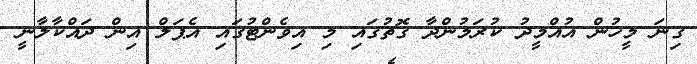
ގިނަ މީހުން އުއްމީދު ކުރަމުންދާ ގޮތުގައި މި އިވެންޓުގައި އެޕަލް އިން ދައްކާލާނީ